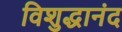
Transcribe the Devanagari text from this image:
विशुद्धानंद